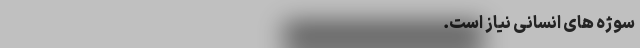
سوژه های انسانی نیاز است. ---------------------------------------